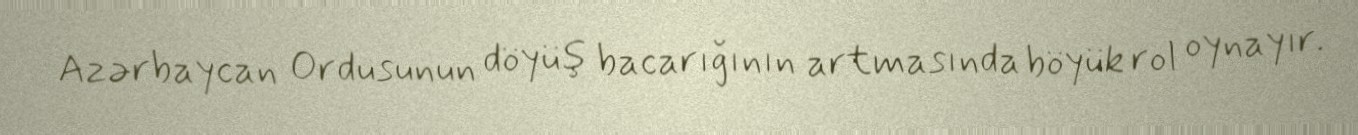
Azərbaycan Ordusunun döyüş bacarığının artmasında böyük rol oynayır.